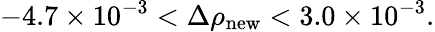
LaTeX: -4.7\times 10^{-3}<\Delta\rho_{\mathrm{new}}<3.0\times 10^{-3}.